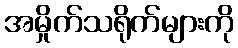
အမှိုက်သရိုက်များကို